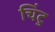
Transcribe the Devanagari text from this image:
चिंटु